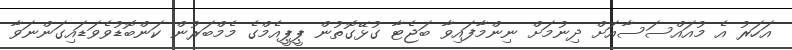
އަހަރު އެ މުއައްސަސާއަށް ދިނުމަށް ނިންމާފައިވާ ބަޖެޓާ ގުޅޭގޮތުން ޕީޕީއެމްގެ މެމްބަރުން ކަންބޮޑުވެވަޑައިގަންނަވާ